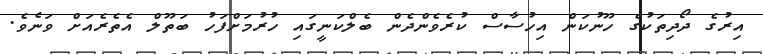
އިރުގެ ދޯދިތަކުގެ ހޫނުކަން އިހުސާސް ކުރެވެންދެން ބެލްކަނީގައި ހުރުމަށްފަހު ބަތޫލް އެތެރެއަށް ވަނެވެ.